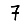
Digit: 7